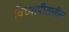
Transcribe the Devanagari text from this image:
विध्यापीठातील